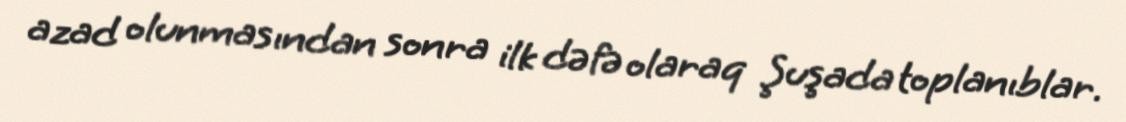
azad olunmasından sonra ilk dəfə olaraq Şuşada toplanıblar.